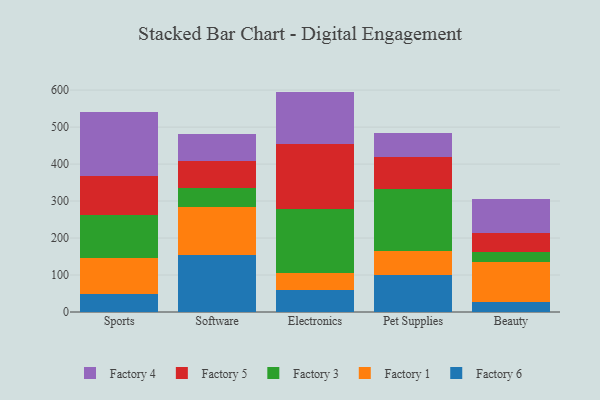
{"axis": {"x": "Category", "y": "Market Share (%)"}, "legend": ["Factory 1", "Factory 3", "Factory 4", "Factory 5", "Factory 6"], "data": [{"x": "Sports", "y": 49.3, "type": "Factory 6"}, {"x": "Sports", "y": 95.7, "type": "Factory 1"}, {"x": "Sports", "y": 117.3, "type": "Factory 3"}, {"x": "Sports", "y": 105.0, "type": "Factory 5"}, {"x": "Sports", "y": 173.3, "type": "Factory 4"}, {"x": "Software", "y": 153.2, "type": "Factory 6"}, {"x": "Software", "y": 129.4, "type": "Factory 1"}, {"x": "Software", "y": 52.2, "type": "Factory 3"}, {"x": "Software", "y": 73.4, "type": "Factory 5"}, {"x": "Software", "y": 71.9, "type": "Factory 4"}, {"x": "Electronics", "y": 60.8, "type": "Factory 6"}, {"x": "Electronics", "y": 44.2, "type": "Factory 1"}, {"x": "Electronics", "y": 172.7, "type": "Factory 3"}, {"x": "Electronics", "y": 176.0, "type": "Factory 5"}, {"x": "Electronics", "y": 142.3, "type": "Factory 4"}, {"x": "Pet Supplies", "y": 100.2, "type": "Factory 6"}, {"x": "Pet Supplies", "y": 65.5, "type": "Factory 1"}, {"x": "Pet Supplies", "y": 168.1, "type": "Factory 3"}, {"x": "Pet Supplies", "y": 86.0, "type": "Factory 5"}, {"x": "Pet Supplies", "y": 64.9, "type": "Factory 4"}, {"x": "Beauty", "y": 27.0, "type": "Factory 6"}, {"x": "Beauty", "y": 108.7, "type": "Factory 1"}, {"x": "Beauty", "y": 27.7, "type": "Factory 3"}, {"x": "Beauty", "y": 50.6, "type": "Factory 5"}, {"x": "Beauty", "y": 92.7, "type": "Factory 4"}]}